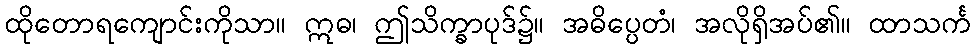
ထိုတောရကျောင်းကိုသာ။ ဣဓ၊ ဤသိက္ခာပုဒ်၌။ အဓိပ္ပေတံ၊ အလိုရှိအပ်၏။ ထာသင်္က